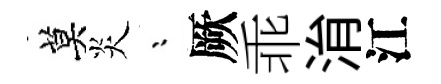
莫炎漸厥乖㳙江